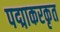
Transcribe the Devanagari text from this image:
पद्माकरकृत